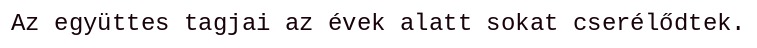
Az együttes tagjai az évek alatt sokat cserélődtek.